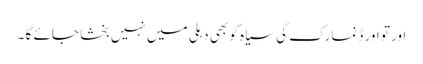
اور تو اور ڈنمارک کی سیاہ کو بھی دہلی میں نہیں بخشا جائے گا ۔